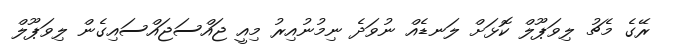
ރޭގެ މެޗު ލިވަޕޫލް ކޮޅަށް ލަނޑެއް ނުވަދެ ނިމުނުއިރު މިއީ ޖައްސަޖައްސައިގެން ލިވަޕޫލް